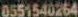
0551540264